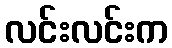
လင်းလင်းက